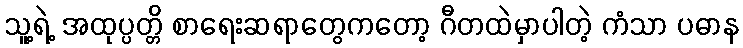
သူ့ရဲ့ အထုပ္ပတ္တိ စာရေးဆရာတွေကတော့ ဂီတထဲမှာပါတဲ့ ကံသာ ပဓာန